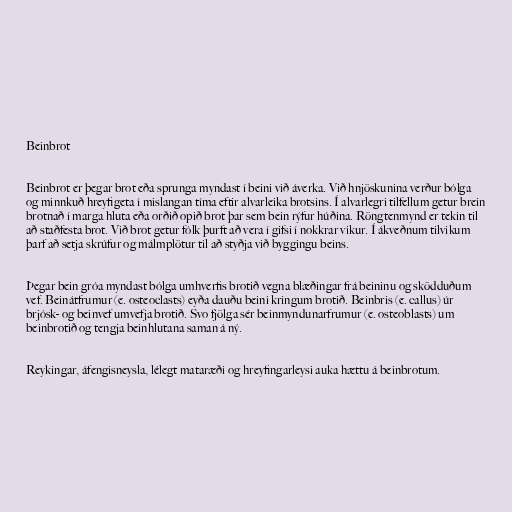
Beinbrot

Beinbrot er þegar brot eða sprunga myndast í beini við áverka. Við hnjöskunina verður bólga
og minnkuð hreyfigeta í mislangan tíma eftir alvarleika brotsins. Í alvarlegri tilfellum getur brein
brotnað í marga hluta eða orðið opið brot þar sem bein rýfur húðina. Röngtenmynd er tekin til
að staðfesta brot. Við brot getur fólk þurft að vera í gifsi í nokkrar vikur. Í ákveðnum tilvikum
þarf að setja skrúfur og málmplötur til að styðja við byggingu beins.

Þegar bein gróa myndast bólga umhverfis brotið vegna blæðingar frá beininu og sködduðum
vef. Beinátfrumur (e. osteoclasts) eyða dauðu beini kringum brotið. Beinbris (e. callus) úr
brjósk- og beinvef umvefja brotið. Svo fjölga sér beinmyndunarfrumur (e. osteoblasts) um
beinbrotið og tengja beinhlutana saman á ný.

Reykingar, áfengisneysla, lélegt mataræði og hreyfingarleysi auka hættu á beinbrotum.